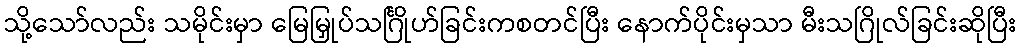
သို့သော်လည်း သမိုင်းမှာ မြေမြှုပ်သင်္ဂြိုဟ်ခြင်းကစတင်ပြီး နောက်ပိုင်းမှသာ မီးသဂြိုလ်ခြင်းဆိုပြီး